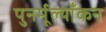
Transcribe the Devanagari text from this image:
पुनर्मूल्याँकन